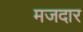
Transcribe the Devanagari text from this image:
मजदार